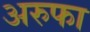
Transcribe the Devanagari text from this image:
अरुफा